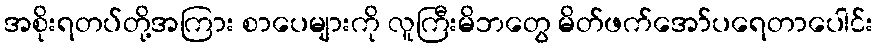
အစိုးရတပ်တို့အကြား စာပေများကို လူကြီးမိဘတွေ မိတ်ဖက်အော်ပရေတာပေါင်း